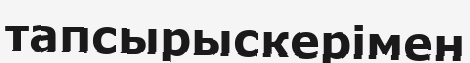
тапсырыскерімен